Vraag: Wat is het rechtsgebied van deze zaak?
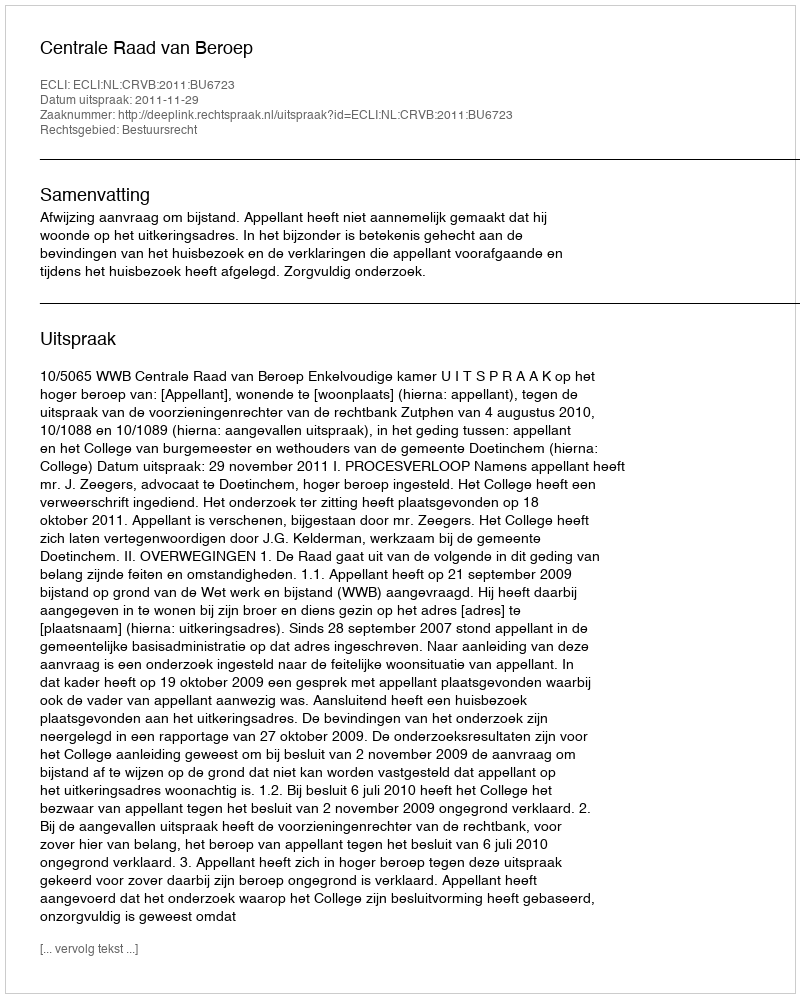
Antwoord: Bestuursrecht